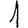
Digit: 1